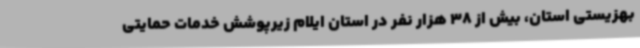
بهزیستی استان، بیش از 38 هزار نفر در استان ایلام زیرپوشش خدمات حمایتی